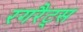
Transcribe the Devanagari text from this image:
रगरैट्स